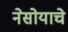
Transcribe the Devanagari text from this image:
नेसोयाचे